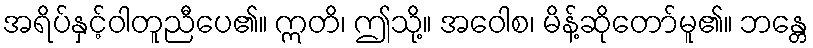
အရိပ်နှင့်ဝါတူညီပေ၏။ ဣတိ၊ ဤသို့။ အဝေါစ၊ မိန့်ဆိုတော်မူ၏။ ဘန္တေ